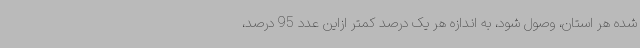
شده هر استان، وصول شود، به اندازه هر یک درصد کمتر ازاین عدد 95 درصد،